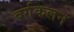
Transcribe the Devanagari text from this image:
वर्गकलन